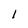
Character: 1